Materia medica of Madras volume I
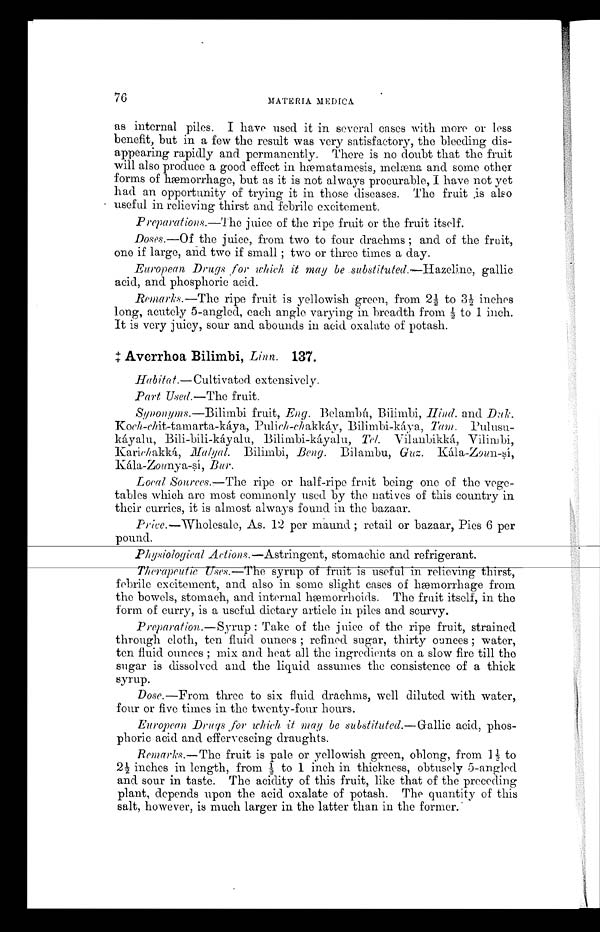
76
MATERIA MEDICA.
as internal piles. I have used it in several cases with more or less
benefit, but in a few the result was very satisfactory, the bleeding dis-
appearing rapidly and permanently. There is no doubt that the fruit
will also produce a good effect in hæmatamesis, melæna and some other
forms of hæmorrhage, but as it is not always procurable, I have not yet
had an opportunity of trying it in those diseases. The fruit is also
useful in relieving thirst and febrile excitement.
Preparations.—The juice of the ripe fruit or the fruit itself.
Doses.—Of the juice, from two to four drachms ; and of the fruit,
one if large, and two if small ; two or three times a day.
European Drugs for which it may be .substituted.–Hazeline, gallic
acid, and phosphoric acid.
Remarks.—The ripe fruit is yellowish green, from 2½ to 3½ inches
long, acutely 5-angled, each angle varying in breadth from ½ to 1 inch.
It is very juicy, sour and abounds in acid oxalate of potash.
‡ A v e r r h o a B i l i m b i , L i n n . 1 3 7 .
Habitat.—Cultivated extensively.
Part Used.—The fruit.
S y n o n y m s . — B i l i m b i f r u i t ,R
a g .
B e l a m b ú , B i l i m b i ,
H i n d .
a n d D a k .
K o c h - c h i t - t a m a r t a - k á y a , P u l i c h - c h a k k á y , B i l i m b i - k á y a ,T
a m .
P u l u s u - k á y a l u , B i l i - b i l i - k á y a l u , B i l i m b i - k á y a l u ,T
e l .
V i l a n b i k k á , V i l i m b i ,
K a r i c h a k k á , M a l y a l . B i l i m b i ,B
e n g .
B i l a m b u ,
G u z .
K á l a - Z o u n y a - s í ,
B u r .
Local Sources.—The ripe or half-ripe fruit being one of the vege-
tables which are most commonly used by the natives of this country in
their curries, it is almost always found in the bazaar.
Price.—'Wholesale, As. 12 per maund ; retail or bazaar, Pies 6 per
pound.
P h y s i o l o g i c a l
A c t i o n s . — A s t r i n g e n t , s t o m a c h i c a n d r e f r i g e r a n t .
Therapeutic Uses.—The syrup of fruit is useful in relieving thirst,
febrile excitement, and also in some slight cases of hæmorrhage from
the bowels, stomach, and internal hæmorrhoids. The fruit itself, in the
form of curry, is a useful dietary article in piles and scurvy.
Preparation.—Syrup: Take of the juice of the ripe fruit, strained
through cloth, ten fluid ounces ; refined sugar, thirty ounces ; water,
ten fluid ounces ; mix and heat all the ingredients on a slow fire till the
sugar is dissolved and the liquid assumes the consistence of a thick
syrup.
Dose.—From three to six fluid drachms, well diluted with water,
four or five times in the twenty-four hours.
European. Drugs for which it may be substituted.—Gallic acid, phos-
phoric acid and effervescing draughts.
Remarks.—The fruit is pale or yellowish green, oblong, from 1½ to
2 ½ i n c h e s i n l e n g t h , f r o m ½ t o 1 i n c h i n t h i c k n e s s , o b t u s e l y 5 - a n g l e d
and sour in taste. The acidity of this fruit, like that of the preceding
plant, depends upon the acid oxalate of potash. The quantity of this
salt, however, is much larger in the latter than in the former.